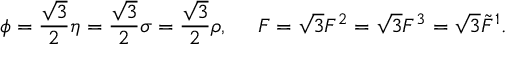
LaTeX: \phi = { \frac { \sqrt { 3 } } { 2 } } \eta = { \frac { \sqrt { 3 } } { 2 } } \sigma = { \frac { \sqrt { 3 } } { 2 } } \rho , \ \ \ \ F = \sqrt { 3 } { \cal F } ^ { 2 } = \sqrt { 3 } { \cal F } ^ { 3 } = \sqrt { 3 } \tilde { \cal F } ^ { 1 } .